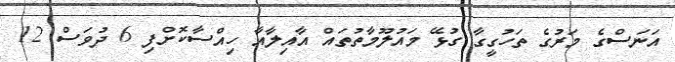
އަނަސްގެ މަރުގެ ތަހުގީގާ ގުޅޭ މައުލޫމާތުތައް އާއިލާއާ ހިއްސާކޮށްފި 6 ދުވަސް 12